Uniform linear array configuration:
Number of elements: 32
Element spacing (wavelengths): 1
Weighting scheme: hamming
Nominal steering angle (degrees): -30
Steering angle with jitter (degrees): -28.875
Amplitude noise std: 0.05
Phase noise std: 0.05

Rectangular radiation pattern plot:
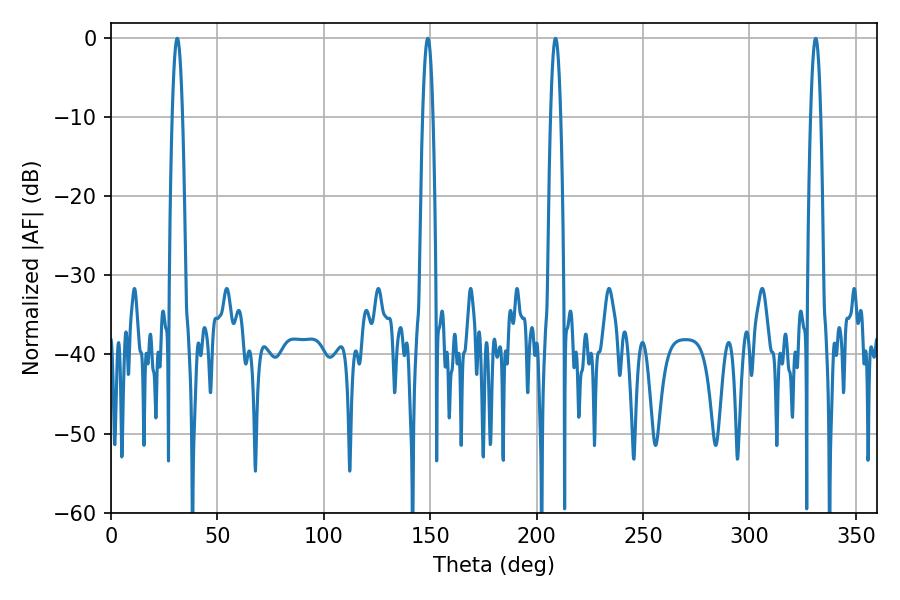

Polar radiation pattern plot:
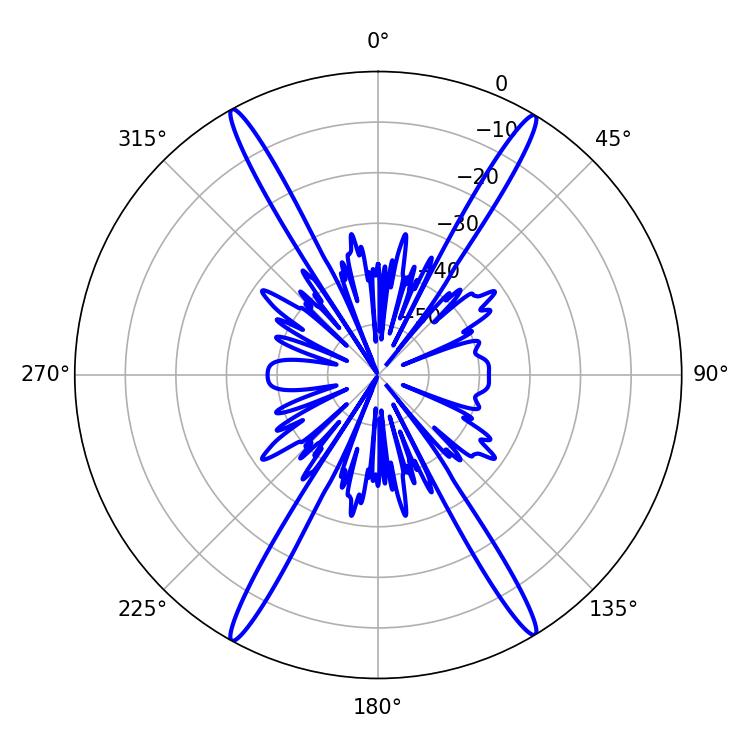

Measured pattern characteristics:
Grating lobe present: TRUE
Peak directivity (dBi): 26.342
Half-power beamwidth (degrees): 2.52
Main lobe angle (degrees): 31.14